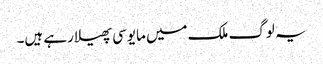
یہ لوگ ملک میں مایوسی پھیلا رہے ہیں۔